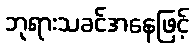
ဘုရားသခင်အနေဖြင့်